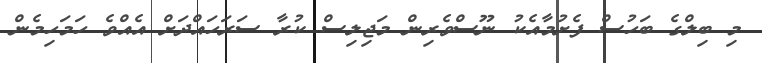
މި ބިލްގެ ބަހުސް ފެށުމާއެކު ނޫސްވެރިން މަޖިލިސް ކުރާ ސަރަހައްދަށް އެއްވެ ހަމަހިމެން